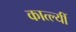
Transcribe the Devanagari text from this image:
कात्ल्यीं